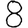
Digit: 8